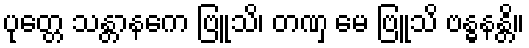
ပုတ္တေ သန္တာနကေ ဗြူသိ၊ တဏှ မေ ဗြူသိ ဗန္ဓနန္တိ။